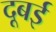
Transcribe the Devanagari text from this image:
दूबई